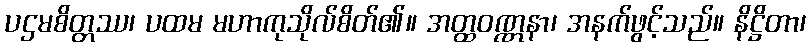
ပဌမစိတ္တဿ၊ ပထမ မဟာကုသိုလ်စိတ်၏။ အတ္ထဝဏ္ဏနာ၊ အနက်ဖွင့်သည်။ နိဋ္ဌိတာ၊